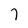
Character: 7